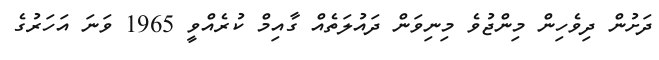
ދަށުން ދިވެހިން މިންޖުވެ މިނިވަން ދައުލަތެއް ގާއިމް ކުރެއްވީ 1965 ވަނަ އަހަރުގެ